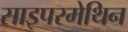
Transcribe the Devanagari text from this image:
साइपरमेथिन